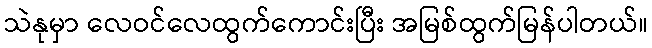
သဲနုမှာ လေဝင်လေထွက်ကောင်းပြီး အမြစ်ထွက်မြန်ပါတယ်။